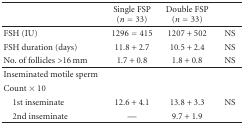
<table><thead><tr><td></td><td><b>Single FSP (<i>n</i> = 33)</b></td><td><b>Double FSP (<i>n</i> = 33)</b></td><td></td></tr></thead><tbody><tr><td>FSH (IU)</td><td>1296 = 415</td><td>1207 + 502</td><td>NS</td></tr><tr><td>FSH duration (days)</td><td>11.8 + 2.7</td><td>10.5 + 2.4</td><td>NS</td></tr><tr><td>No. of follicles &gt;16 mm</td><td>1.7 + 0.8</td><td>1.8 + 0.8</td><td>NS</td></tr><tr><td>Inseminated motile sperm</td><td></td><td></td><td></td></tr><tr><td>Count × 10</td><td></td><td></td><td></td></tr><tr><td> 1st inseminate</td><td>12.6 + 4.1</td><td>13.8 + 3.3</td><td> NS</td></tr><tr><td> 2nd inseminate</td><td>—</td><td>9.7 + 1.9</td><td></td></tr></tbody></table>